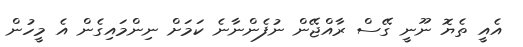
އެއީ ތެޔޮ ނޫނީ ގޭސް ރާއްޖޭން ނުފެންނާނެ ކަމަށް ނިންމައިގެން އެ މީހުން